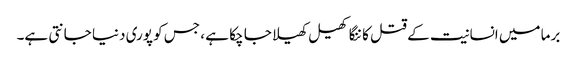
برما میں انسانیت کے قتل کا ننگا کھیل کھیلا جا چکا ہے ، جس کو پوری دنیا جانتی ہے۔